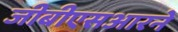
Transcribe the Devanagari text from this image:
जीबीएसआरने